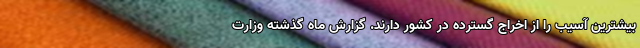
بیشترین آسیب را از اخراج گسترده در کشور دارند. گزارش ماه گذشته وزارت